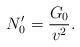
LaTeX: \begin{align*} N'_0=\frac{G_0}{v^2}.\end{align*}